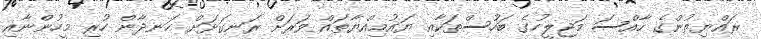
ރައްޔިތުންގެ ހާއްސަ މަޖިލީހުގެ ބަހުސްތަކާއި ޔައުމިއްޔާތައް ވަރަށް ރަނގަޅަށް ހަނދާން ހުރި މީހުންނާއި